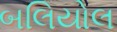
બલિયોલ